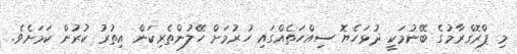
މި ޕްރޮގްރާމުގެ ބޭނުމަކީ ދުޅަހެޔޮ ސިއްހަތެއްގައި ހުރުމަށް ހޭލުންތެރިކަން އިތުރު ކުރުން ކަމަށެވެ.